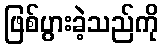
ဖြစ်ပွားခဲ့သည်ကို